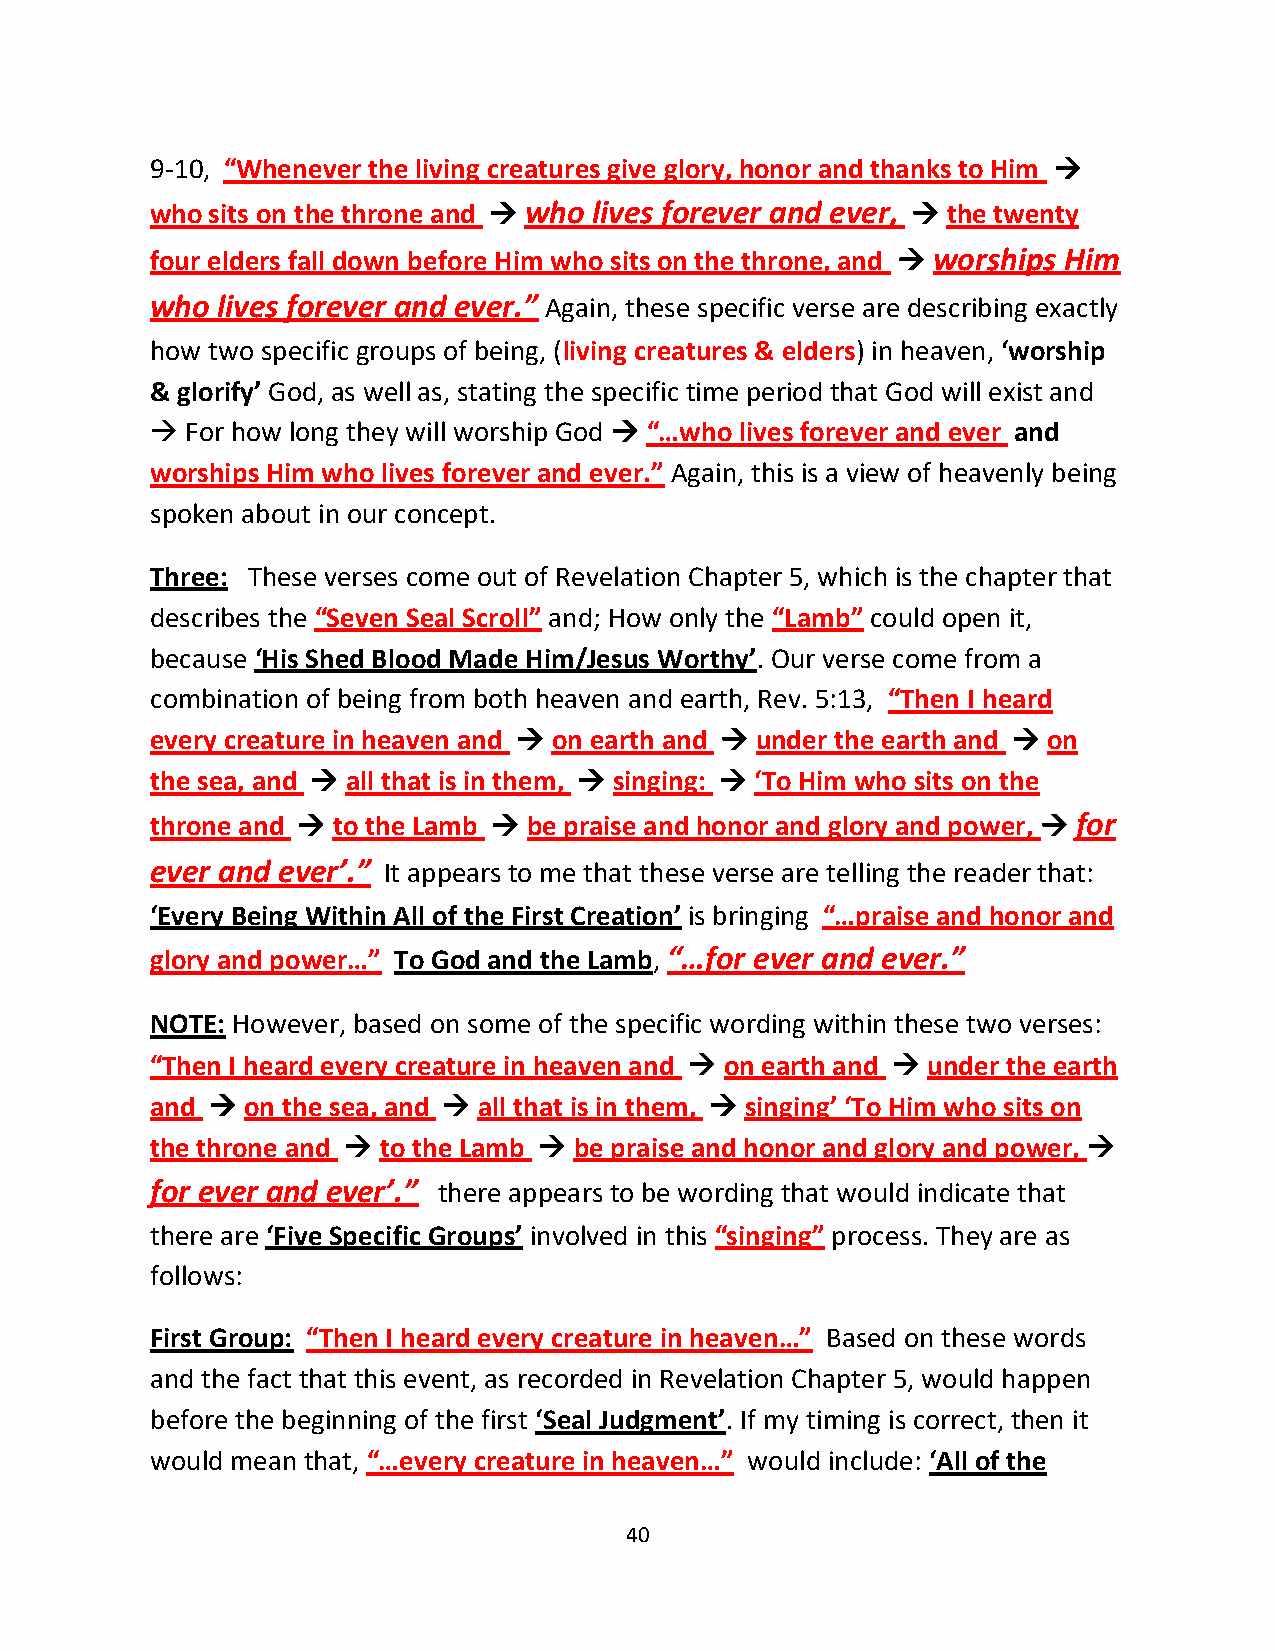
9-10, “Whenever the living creatures give glory, honor and thanks to Him →
 who sits on the throne and → who lives forever and ever, → the twenty
 four elders fall down before Him who sits on the throne, and → worships Him
 who lives forever and ever.” Again, these specific verse are describing exactly
 how two specific groups of being, (living creatures & elders) in heaven, ‘worship
 & glorify’ God, as well as, stating the specific time period that God will exist and
 → For how long they will worship God → “…who lives forever and ever and
 worships Him who lives forever and ever.” Again, this is a view of heavenly being
 spoken about in our concept.
 Three: These verses come out of Revelation Chapter 5, which is the chapter that
 describes the “Seven Seal Scroll” and; How only the “Lamb” could open it,
 because ‘His Shed Blood Made Him/Jesus Worthy’. Our verse come from a
 combination of being from both heaven and earth, Rev. 5:13, “Then I heard
 every creature in heaven and → on earth and → under the earth and → on
 the sea, and → all that is in them, → singing: → ‘To Him who sits on the
 throne and → to the Lamb → be praise and honor and glory and power, → for
 ever and ever’.” It appears to me that these verse are telling the reader that:
 ‘Every Being Within All of the First Creation’ is bringing “…praise and honor and
 glory and power…” To God and the Lamb, “…for ever and ever.”
 NOTE: However, based on some of the specific wording within these two verses:
 “Then I heard every creature in heaven and → on earth and → under the earth
 and → on the sea, and → all that is in them, → singing’ ‘To Him who sits on
 the throne and → to the Lamb → be praise and honor and glory and power, →
 for ever and ever’.” there appears to be wording that would indicate that
 there are ‘Five Specific Groups’ involved in this “singing” process. They are as
 follows:
 First Group: “Then I heard every creature in heaven…” Based on these words
 and the fact that this event, as recorded in Revelation Chapter 5, would happen
 before the beginning of the first ‘Seal Judgment’. If my timing is correct, then it
 would mean that, “…every creature in heaven…” would include: ‘All of the
 40